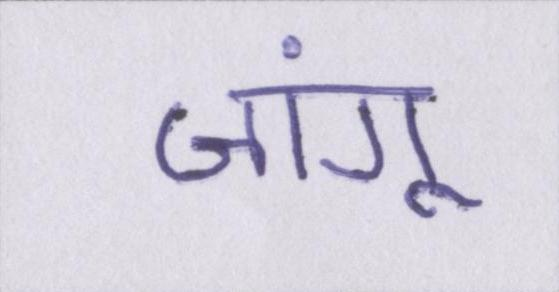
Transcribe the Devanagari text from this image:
जांगू